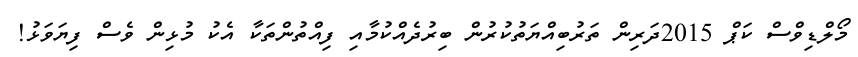
މޯލްޑިވްސް ކަޕް 2015ދަރިން ތަރުބިއްޔަތުކުރުން ބިރުދެއްކުމާއި ފިއްތުންތަކާ އެކު މުޅިން ވެސް ފިޔަވަޅު!